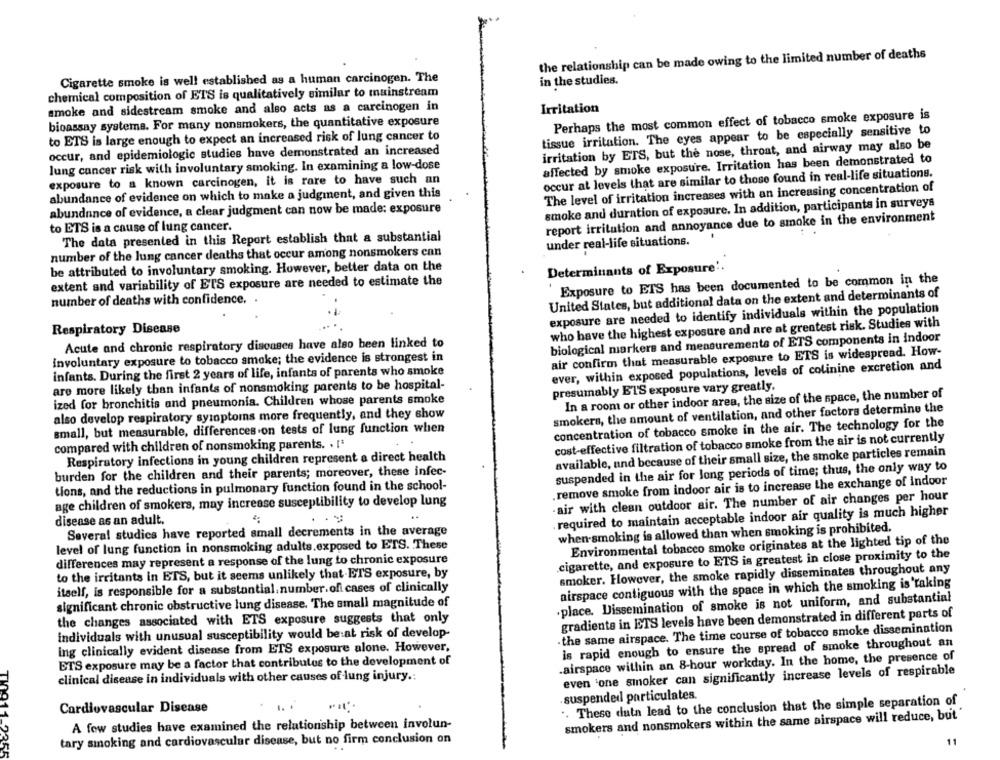
the relationship can be made owing to the limited number of deaths
Cigarette smoke is well established as a human carcinogen. The
in the studies.
chemical composition of ETS is qualitatively similar to mainstream
smoke and sidestream smoke and also acts as a carcinogen in
Irritation
bioassay systems. For many nonsmokers, the quantitative exposure
Perhaps the most common effect of tobacco smoke exposure is
to ETS is large enough to expect an increased risk of lung cancer to
tissue irritation. The eyes appear to be especially sensitive to
occur, and epidemiologic studies have demonstrated an increased
irritation by ETS, but the nose, throat, and airway may also be
affected by smoke exposure. Irritation has been demonstrated to
lung cancer risk with involuntary smoking. In examining a low-dose
occur at levels that are similar to those found in real-life situations.
exposure to a known carcinogen, it is rare to have such an
The level of irritation increases with an increasing concentration of
abundance of evidence on which to make a judgment, and given this
smoke and duration of exposure. In addition, participants in surveys
abundance of evidence, a clear judgment can now be made: exposure
report irritation and annoyance due to smoke in the environment
to ETS is a cause of lung cancer.
The data presented in this Report establish that a substantial
under real-life situations.
number of the lung cancer deaths that occur among nonsmokers can
be attributed to involuntary smoking. However, better data on the
Determinants of Exposure'.
extent and variability of ETS exposure are needed to estimate the
Exposure to ETS has been documented to be common in the
United States, but additional data on the extent and determinants of
number of deaths with confidence.
exposure are needed to identify individuals within the population
who have the highest exposure and are at greatest risk. Studies with
Respiratory Disease
biological markers and measurements of ETS components in indoor
Acute and chronic respiratory diseases have also been linked to
involuntary exposure to tobacco smoke; the evidence is strongest in
air confirm that measurable exposure to ETS is widespread. How-
infants. During the first 2 years of life, infants of parents who smoke
ever, within exposed populations, levels of colinine excretion and
are more likely than infants of nonsmoking parents to be hospital-
presumably ETS exposure vary greatly.
In a room or other indoor area, the size of the space, the number of
ized for bronchitis and pneumonia. Children whose parents smoke
smokers, the amount of ventilation, and other factors determine the
also develop respiratory symptoms more frequently, and they show
concentration of tobacco smoke in the air. The technology for the
small, but measurable, differences on tests of lung function when
cost-effective filtration of tobacco smoke from the air is not currently
compared with children of nonsmoking parents. . ['
available, und because of their small size, the smoke particles remain
Respiratory infections in young children represent a direct health
burden for the children and their parents; moreover, these infec-
suspended in the air for long periods of time; thus, the only way to
tions, and the reductions in pulmonary function found in the school-
remove smoke from indoor air is to increase the exchange of indoor
-air with clean outdoor air. The number of air changes per hour
age children of smokers, may increase susceptibility to develop lung
. required to maintain acceptable indoor air quality is much higher
disease as an adult.
Several studies have reported small decrements in the average
when-smoking is allowed than when smoking is prohibited
level of lung function in nonsmoking adults.exposed to ETS. These
Environmental tobacco smoke originates at the lighted tip of the
cigarette, and exposure to ETS is greatest in close proximity to the
differences may represent a response of the lung to chronic exposure
smoker. However, the smoke rapidly disseminates throughout any
to the irritants in ETS, but it seems unlikely that ETS exposure, by
airspace contiguous with the space in which the smoking is taking
itself, is responsible for a substantial. number of cases of clinically
·place. Dissemination of smoke is not uniform, and substantial
significant chronic obstructive lung disease. The small magnitude of
gradiente in ETS levels have been demonstrated in different parts of
the changes associated with ETS exposure suggests that only
. the same airspace. The time course of tobacco smoke dissemination
individuals with unusual susceptibility would be at risk of develop-
is rapid enough to ensure the spread of smoke throughout an
ing clinically evident disease from ETS exposure alone. However,
ETS exposure may be a factor that contributes to the development of
.airspace within an 8-hour workday. In the home, the presence of
even 'one sinoker can significantly increase levels of respirable
TV
clinical disease in individuals with other causes of lung injury .:
suspended particulates.
'. These data lead to the conclusion that the simple separation of
Cardiovascular Disease
smokers and nonsmokers within the same airspace will reduce, but"
A few studies have examined the relationship between involun-
tary smoking and cardiovascular disease, but no firm conclusion on
11